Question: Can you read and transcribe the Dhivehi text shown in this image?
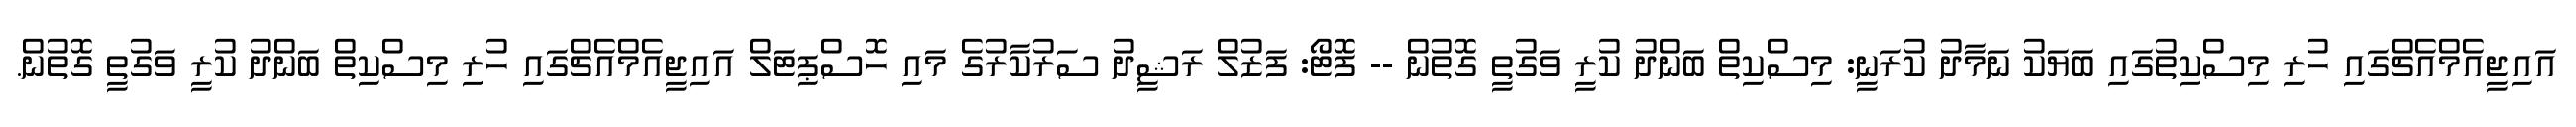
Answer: އައިޖީއެމްއެޗްގައި ހުރި މިސްކިތުގައި ބަޔަކު ނަމާދު ކުރަނީ: މިސްކިތް ބަންދު ކުރީ ވަގުތީ ގޮތުން -- ފޮޓޯ: ފަޒުލް ރަޝީދު ސަރުކާރުގެ މައި ހޮސްޕިޓަލް އައިޖީއެމްއެޗްގައި ހުރި މިސްކިތް ބަންދު ކުރީ ވަގުތީ ގޮތުން.